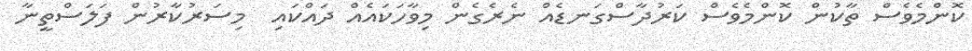
ކޮންމެވެސް ތާކުން ކޮންމެވެސް ކަރުދާސްގަނޑެއް ނެރެގެން މިވާހަކައެއް ދައްކައި  މިސަރުކާރުން ފަލަސްތީނާ